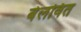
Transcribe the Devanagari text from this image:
बेलवित